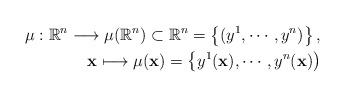
LaTeX: \begin{align*}\mu : \mathbb{R}^n \longrightarrow \mu (\mathbb{R}^n) \subset \mathbb{R}^n = \left\lbrace (y^1, \cdots , y^n)\right\rbrace ,\\\mathbf{x} \longmapsto \mu (\mathbf{x}) = \left\lbrace y^1(\mathbf{x}), \cdots , y^n(\mathbf{x})\right)\end{align*}